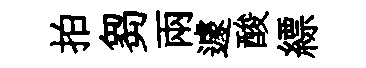
拍芻兩遽酸縹